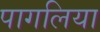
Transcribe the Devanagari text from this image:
पागलिया